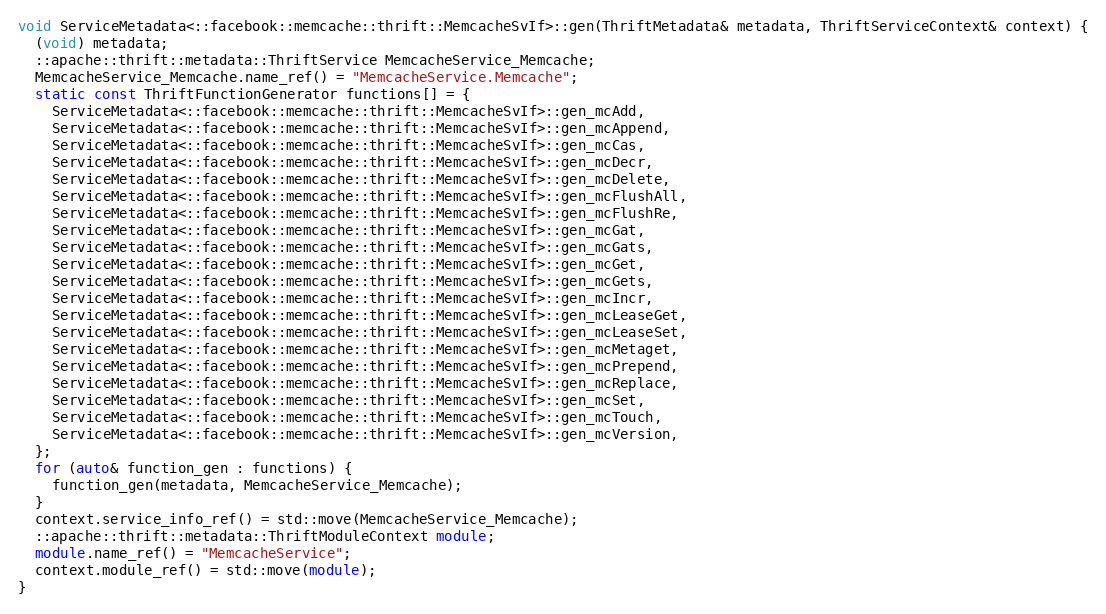
Language: C++
void ServiceMetadata<::facebook::memcache::thrift::MemcacheSvIf>::gen(ThriftMetadata& metadata, ThriftServiceContext& context) {
  (void) metadata;
  ::apache::thrift::metadata::ThriftService MemcacheService_Memcache;
  MemcacheService_Memcache.name_ref() = "MemcacheService.Memcache";
  static const ThriftFunctionGenerator functions[] = {
    ServiceMetadata<::facebook::memcache::thrift::MemcacheSvIf>::gen_mcAdd,
    ServiceMetadata<::facebook::memcache::thrift::MemcacheSvIf>::gen_mcAppend,
    ServiceMetadata<::facebook::memcache::thrift::MemcacheSvIf>::gen_mcCas,
    ServiceMetadata<::facebook::memcache::thrift::MemcacheSvIf>::gen_mcDecr,
    ServiceMetadata<::facebook::memcache::thrift::MemcacheSvIf>::gen_mcDelete,
    ServiceMetadata<::facebook::memcache::thrift::MemcacheSvIf>::gen_mcFlushAll,
    ServiceMetadata<::facebook::memcache::thrift::MemcacheSvIf>::gen_mcFlushRe,
    ServiceMetadata<::facebook::memcache::thrift::MemcacheSvIf>::gen_mcGat,
    ServiceMetadata<::facebook::memcache::thrift::MemcacheSvIf>::gen_mcGats,
    ServiceMetadata<::facebook::memcache::thrift::MemcacheSvIf>::gen_mcGet,
    ServiceMetadata<::facebook::memcache::thrift::MemcacheSvIf>::gen_mcGets,
    ServiceMetadata<::facebook::memcache::thrift::MemcacheSvIf>::gen_mcIncr,
    ServiceMetadata<::facebook::memcache::thrift::MemcacheSvIf>::gen_mcLeaseGet,
    ServiceMetadata<::facebook::memcache::thrift::MemcacheSvIf>::gen_mcLeaseSet,
    ServiceMetadata<::facebook::memcache::thrift::MemcacheSvIf>::gen_mcMetaget,
    ServiceMetadata<::facebook::memcache::thrift::MemcacheSvIf>::gen_mcPrepend,
    ServiceMetadata<::facebook::memcache::thrift::MemcacheSvIf>::gen_mcReplace,
    ServiceMetadata<::facebook::memcache::thrift::MemcacheSvIf>::gen_mcSet,
    ServiceMetadata<::facebook::memcache::thrift::MemcacheSvIf>::gen_mcTouch,
    ServiceMetadata<::facebook::memcache::thrift::MemcacheSvIf>::gen_mcVersion,
  };
  for (auto& function_gen : functions) {
    function_gen(metadata, MemcacheService_Memcache);
  }
  context.service_info_ref() = std::move(MemcacheService_Memcache);
  ::apache::thrift::metadata::ThriftModuleContext module;
  module.name_ref() = "MemcacheService";
  context.module_ref() = std::move(module);
}